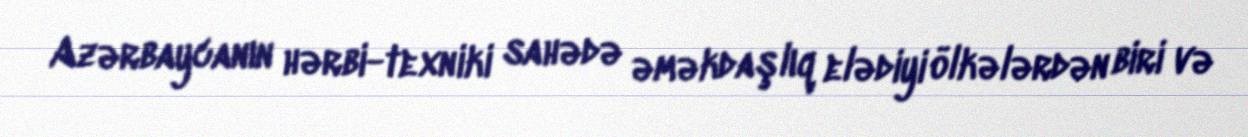
Azərbaycanın hərbi-texniki sahədə əməkdaşlıq elədiyi ölkələrdən biri və